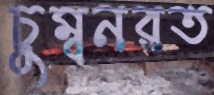
চুম্বনরত